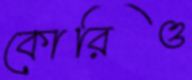
কোরিও